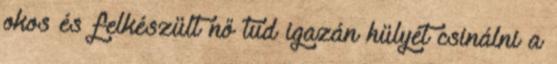
okos és felkészült nő tud igazán hülyét csinálni a